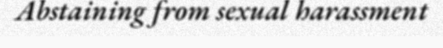
Abstaining from sexual harassment